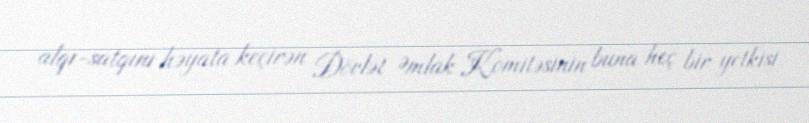
alqı-satqını həyata keçirən Dövlət Əmlak Komitəsinin buna heç bir yetkisi